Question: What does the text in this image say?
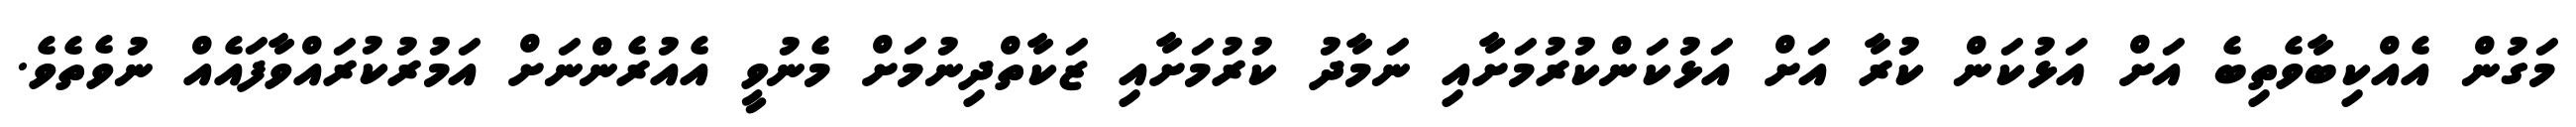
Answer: މަގުން އެއްކިބާވެތިބެ އަށް އަޅުކަން ކުރާ އަށް އަޅުކަންކުރުމަށާއި ނަމާދު ކުރުމަށާއި ޒަކާތްދިނުމަށް މެނުވީ އެއުރެންނަށް އަމުރުކުރައްވާފައެއް ނުވެތެވެ.